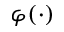
\varphi ( \cdot )